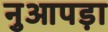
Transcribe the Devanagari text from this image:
नुआपड़ा